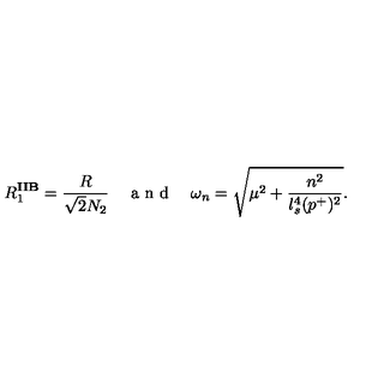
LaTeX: R _ { 1 } ^ { \mathbf { I I B } } = \frac { R } { \sqrt { 2 } N _ { 2 } } \quad \textrm { a n d } \quad \omega _ { n } = \sqrt { \mu ^ { 2 } + \frac { n ^ { 2 } } { l _ { s } ^ { 4 } ( p ^ { + } ) ^ { 2 } } } .